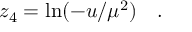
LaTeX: z _ { 4 } = \ln ( - u / \mu ^ { 2 } ) \quad .